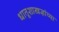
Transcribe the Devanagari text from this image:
धातूशास्त्रज्ञांच्या